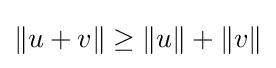
\|u+v\|\geq \|u\|+\|v\|